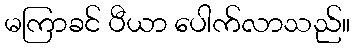
မကြာခင် ပီယာ ပေါက်လာသည်။